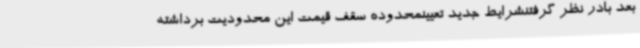
بعد بادر نظر گرفتنشرایط جدید تعیینمحدوده سقف قیمت این محدودیت برداشته